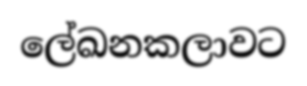
ලේඛනකලාවට